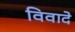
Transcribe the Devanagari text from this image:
विवादे